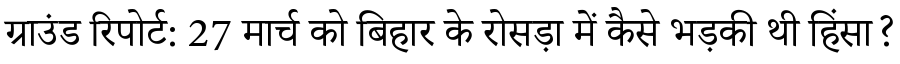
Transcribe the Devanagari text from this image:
ग्राउंड रिपोर्ट: 27 मार्च को बिहार के रोसड़ा में कैसे भड़की थी हिंसा?